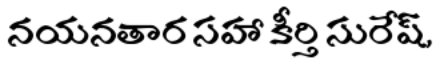
నయనతార సహా కీర్తి సురేష్,